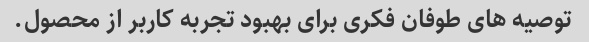
توصیه های طوفان فکری برای بهبود تجربه کاربر از محصول.